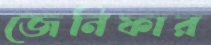
জেনিফার